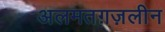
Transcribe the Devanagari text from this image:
अलमतग़ज़लीन